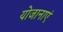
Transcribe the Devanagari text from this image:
योजानाएं